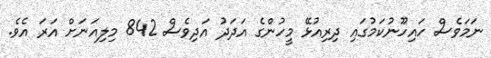
ނަމަވެސް ހައިހޫނުކަމުގައި ދިރިއުޅޭ މީހުންގެ އަދަދު އަދިވެސް 842 މިލިއަނަށް އަރަ އެވެ.